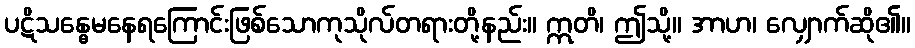
ပဋိသန္ဓေမနေရကြောင်းဖြစ်သောကုသိုလ်တရားတို့နည်း။ ဣတိ၊ ဤသို့။ အာဟ၊ လျှောက်ဆို၏။